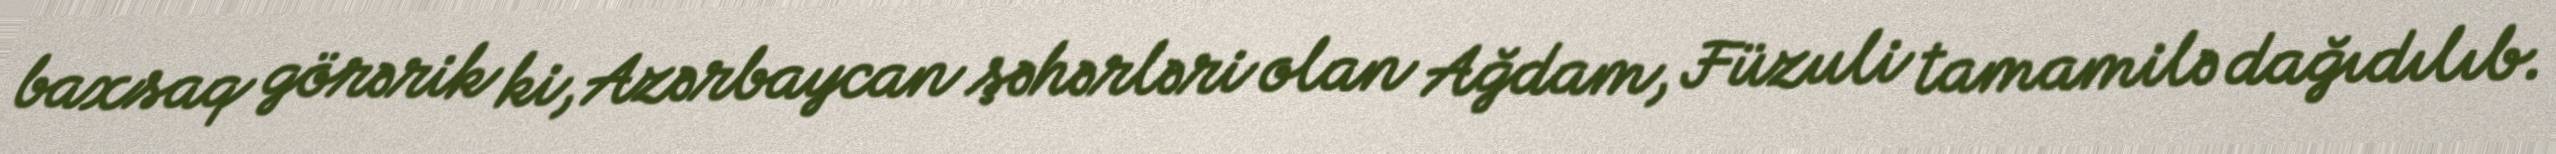
baxsaq görərik ki, Azərbaycan şəhərləri olan Ağdam, Füzuli tamamilə dağıdılıb.